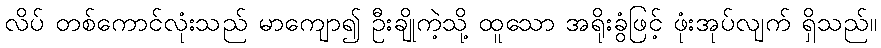
လိပ် တစ်ကောင်လုံးသည် မာကျော၍ ဦးချိုကဲ့သို့ ထူသော အရိုးခွံဖြင့် ဖုံးအုပ်လျက် ရှိသည်။